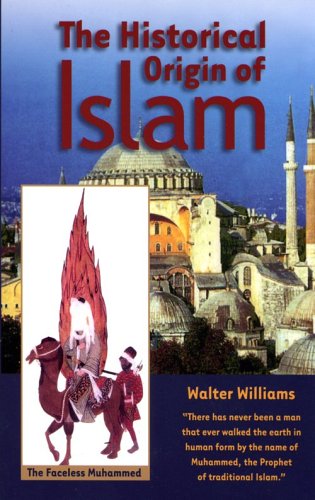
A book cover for The Historical Origin of Islam; Walter Williams; Religion & Spirituality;